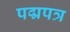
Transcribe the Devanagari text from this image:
पद्मपत्र